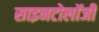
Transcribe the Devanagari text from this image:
साइनटोलॉजी